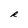
Character: R